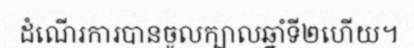
ដំណើរការបានចូលក្បាលឆ្នាំទី២ហើយ។